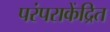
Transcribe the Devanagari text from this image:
परंपराकेंद्रित